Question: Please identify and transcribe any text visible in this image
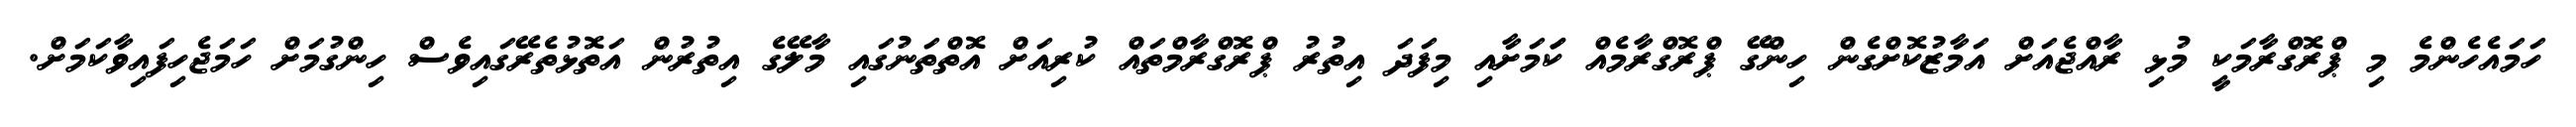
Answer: ހަމައެހެންމެ މި ޕްރޮގްރާމަކީ މުޅި ރާއްޖެއަށް އަމާޒުކޮށްގެން ހިންގޭ ޕްރޮގްރާމެއް ކަަމަށާއި މިފަދަ އިތުރު ޕްރޮގްރާމްތައް ކުރިއަށް އޮތްތަނުގައި މާލޭގެ އިތުރުން އަތޮޅުތެރޭގައިވެސް ހިންގުމަށް ހަމަޖެހިފައިވާކަމަށް.